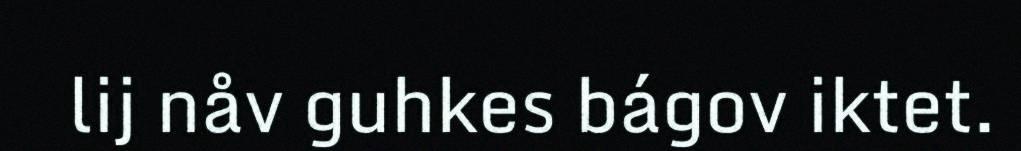
lij nåv guhkes bágov iktet.